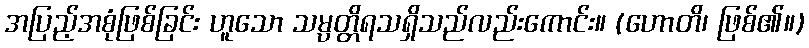
အပြည့်အစုံဖြစ်ခြင်း ဟူသော သမ္ပတ္တိရသရှိသည်လည်းကောင်း။ (ဟောတိ၊ ဖြစ်၏။)